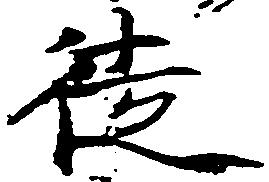
徒